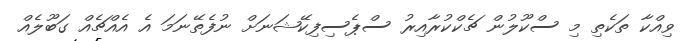
ވިއްކާ ތަކެތި މި ސްކޫލުން ޗެކްކުރާއިރު ސްޕެސިފިކޭޝަނަށް ނުފެތޭނަމަ އެ އެއްޗެއް ގަބޫލެއް